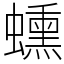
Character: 䗼